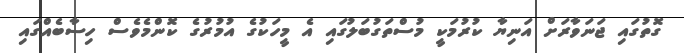
ގޮތުގައި ޖަނަވާރަށް އަނިޔާ ކުރުމަކީ މުސްތަގުބަލުގައި އެ މީހަކުގެ އުމުރުގެ ކޮންމެވެސް ހިސާބެއްގައި